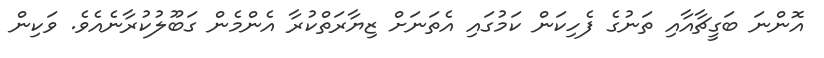
އޮންނަ ބަގީޗާއާއި ތަނުގެ ފެހިކަން ކަމުގައި އެތަނަށް ޒިޔާރަތްކުރާ އެންމެން ގަބޫލުކުރާނެއެވެ. ވަކިން